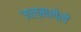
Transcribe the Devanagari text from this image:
जल्मलेले